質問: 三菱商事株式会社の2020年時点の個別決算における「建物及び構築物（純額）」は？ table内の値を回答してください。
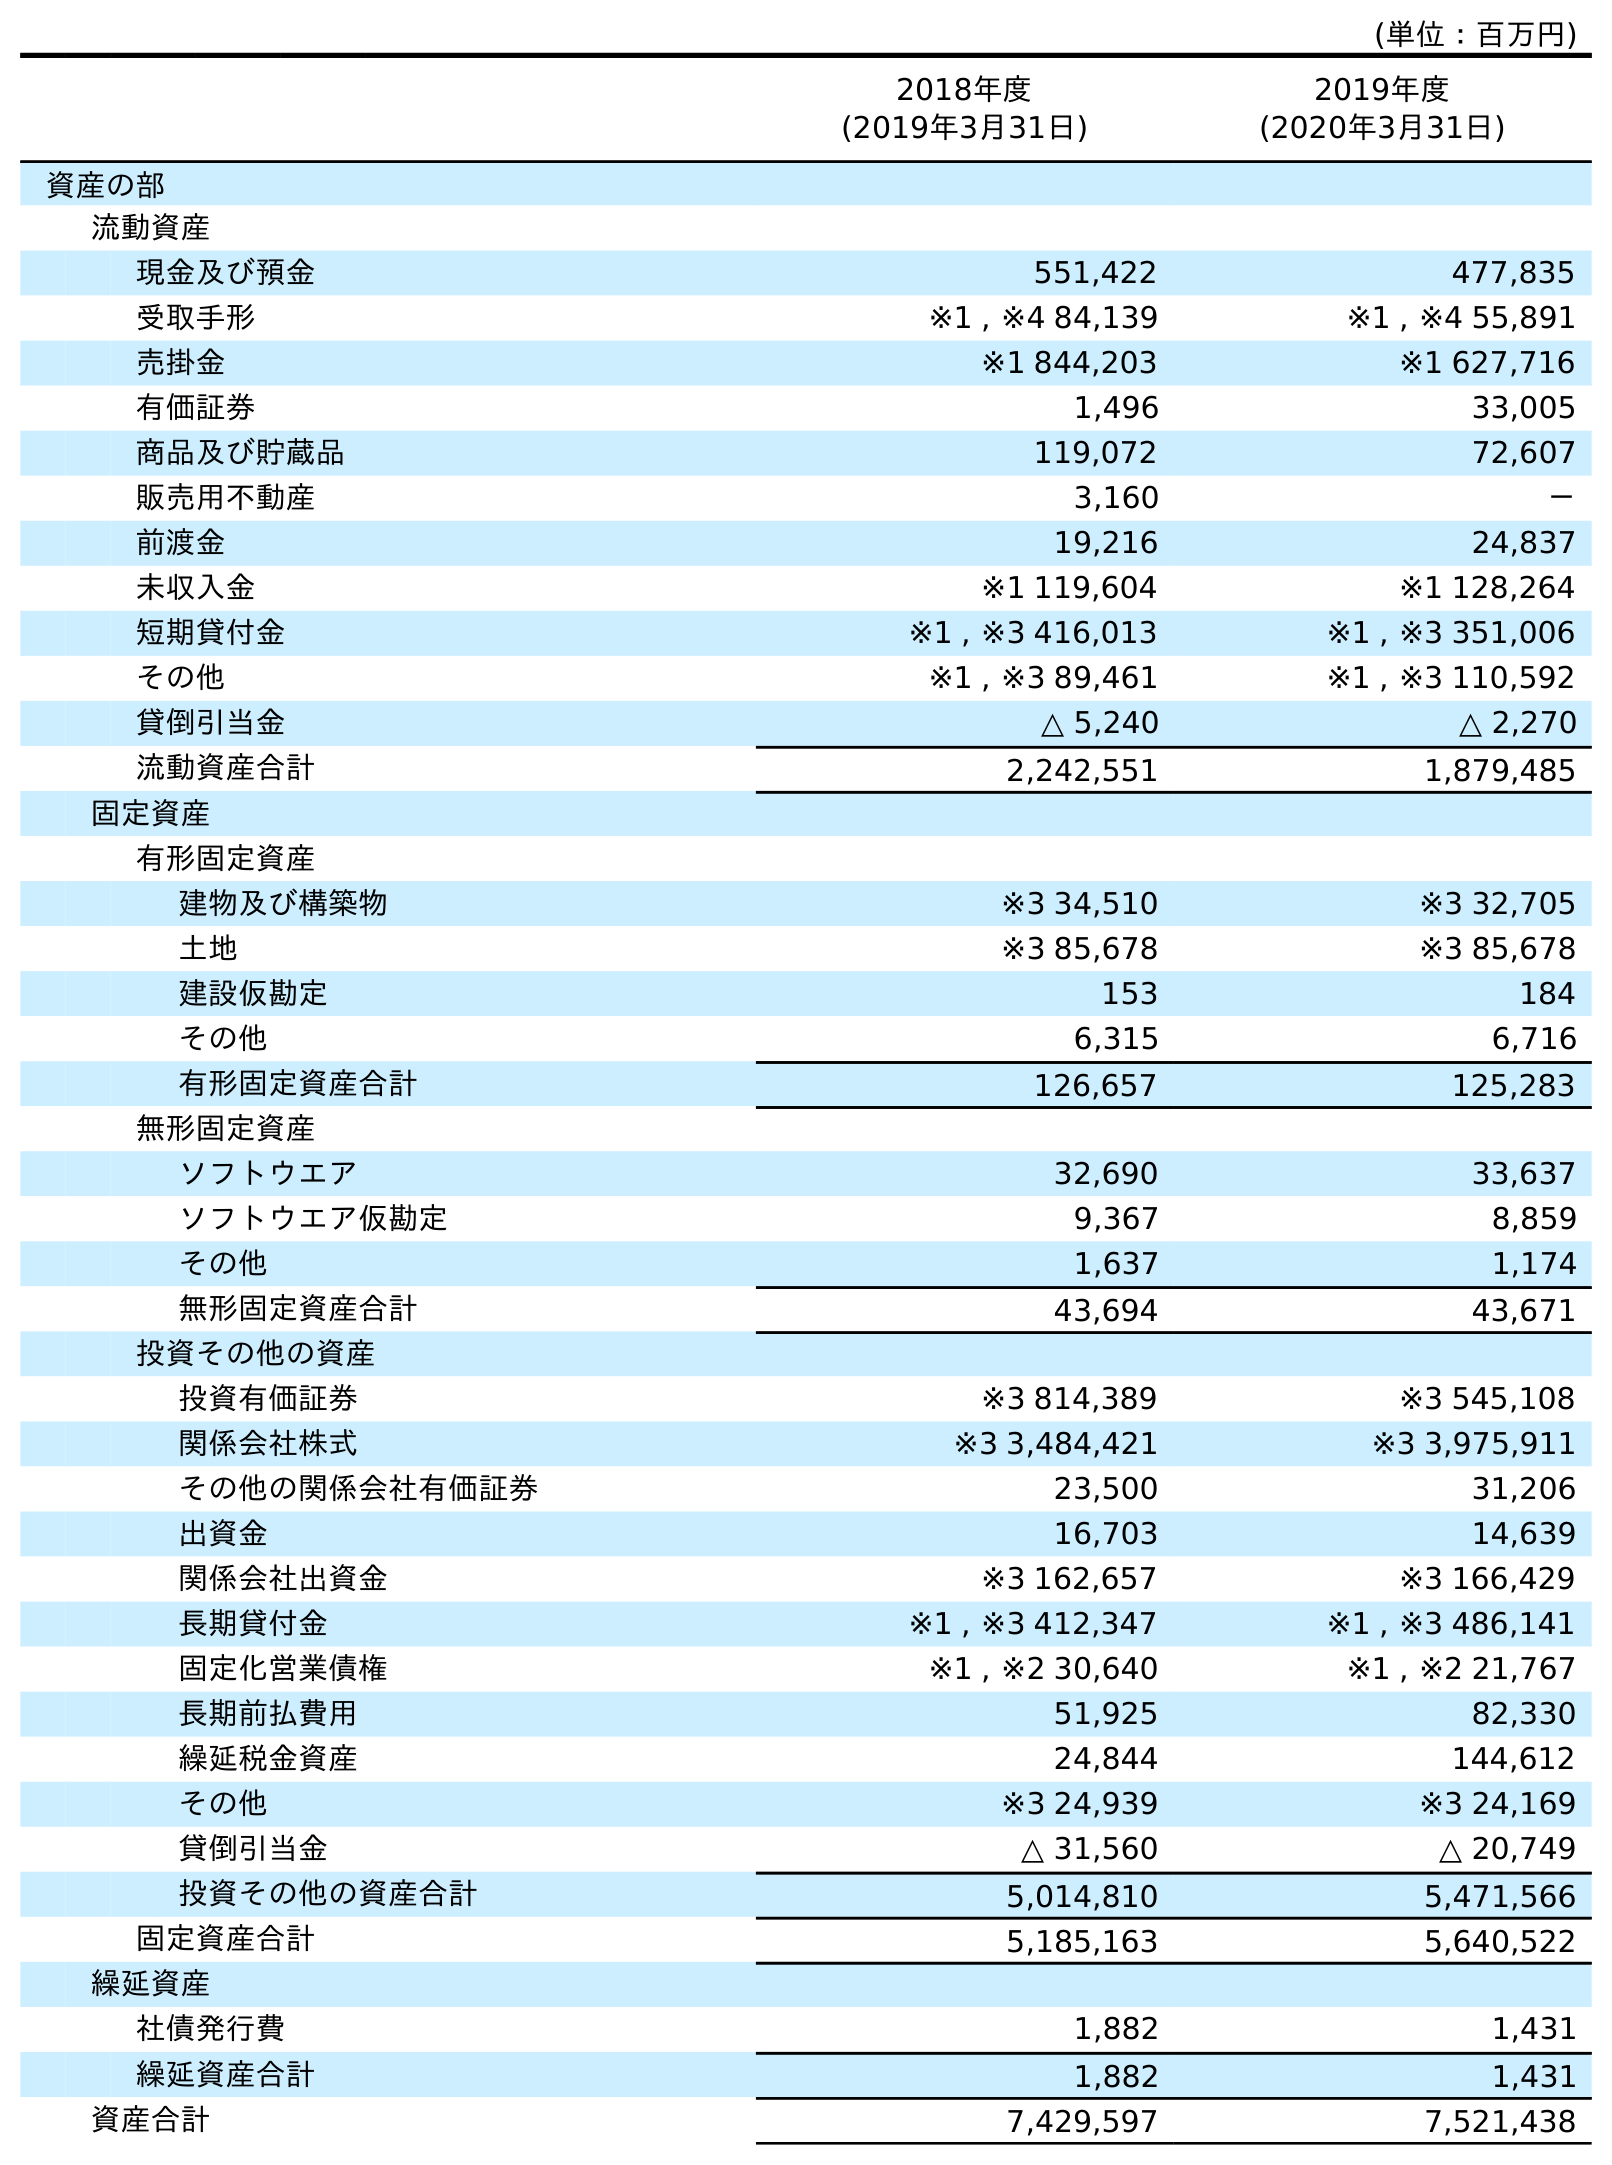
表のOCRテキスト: (単位：百万円) 2018年度 (2019年3月31日) 2019年度 (2020年3月31日) 資産の部 流動資産 現金及び預金 551,422 477,835 受取手形 ※1 , ※4 84,139 ※1 , ※4 55,891 売掛金 ※1 844,203 ※1 627,716 有価証券 1,496 33,005 商品及び貯蔵品 119,072 72,607 販売用不動産 3,160 － 前渡金 19,216 24,837 未収入金 ※1 119,604 ※1 128,264 短期貸付金 ※1 , ※3 416,013 ※1 , ※3 351,006 その他 ※1 , ※3 89,461 ※1 , ※3 110,592 貸倒引当金 △ 5,240 △ 2,270 流動資産合計 2,242,551 1,879,485 固定資産 有形固定資産 建物及び構築物 ※3 34,510 ※3 32,705 土地 ※3 85,678 ※3 85,678 建設仮勘定 153 184 その他 6,315 6,716 有形固定資産合計 126,657 125,283 無形固定資産 ソフトウエア 32,690 33,637 ソフトウエア仮勘定 9,367 8,859 その他 1,637 1,174 無形固定資産合計 43,694 43,671 投資その他の資産 投資有価証券 ※3 814,389 ※3 545,108 関係会社株式 ※3 3,484,421 ※3 3,975,911 その他の関係会社有価証券 23,500 31,206 出資金 16,703 14,639 関係会社出資金 ※3 162,657 ※3 166,429 長期貸付金 ※1 , ※3 412,347 ※1 , ※3 486,141 固定化営業債権 ※1 , ※2 30,640 ※1 , ※2 21,767 長期前払費用 51,925 82,330 繰延税金資産 24,844 144,612 その他 ※3 24,939 ※3 24,169 貸倒引当金 △ 31,560 △ 20,749 投資その他の資産合計 5,014,810 5,471,566 固定資産合計 5,185,163 5,640,522 繰延資産 社債発行費 1,882 1,431 繰延資産合計 1,882 1,431 資産合計 7,429,597 7,521,438
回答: ※332,705